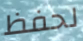
لحفظ